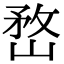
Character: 嵍